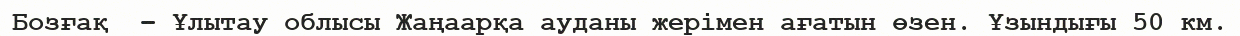
Бозғақ  – Ұлытау облысы Жаңаарқа ауданы жерімен ағатын өзен. Ұзындығы 50 км.